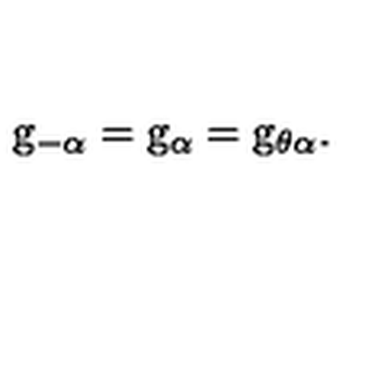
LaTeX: \mathrm { \sl g } _ { - \alpha } = \mathrm { \sl g } _ { \alpha } = \mathrm { \sl g } _ { \theta \alpha } .